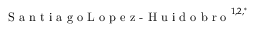
\textrm { S a n t i a g o L o p e z - H u i d o b r o } ^ { 1 , 2 , ^ { * } }